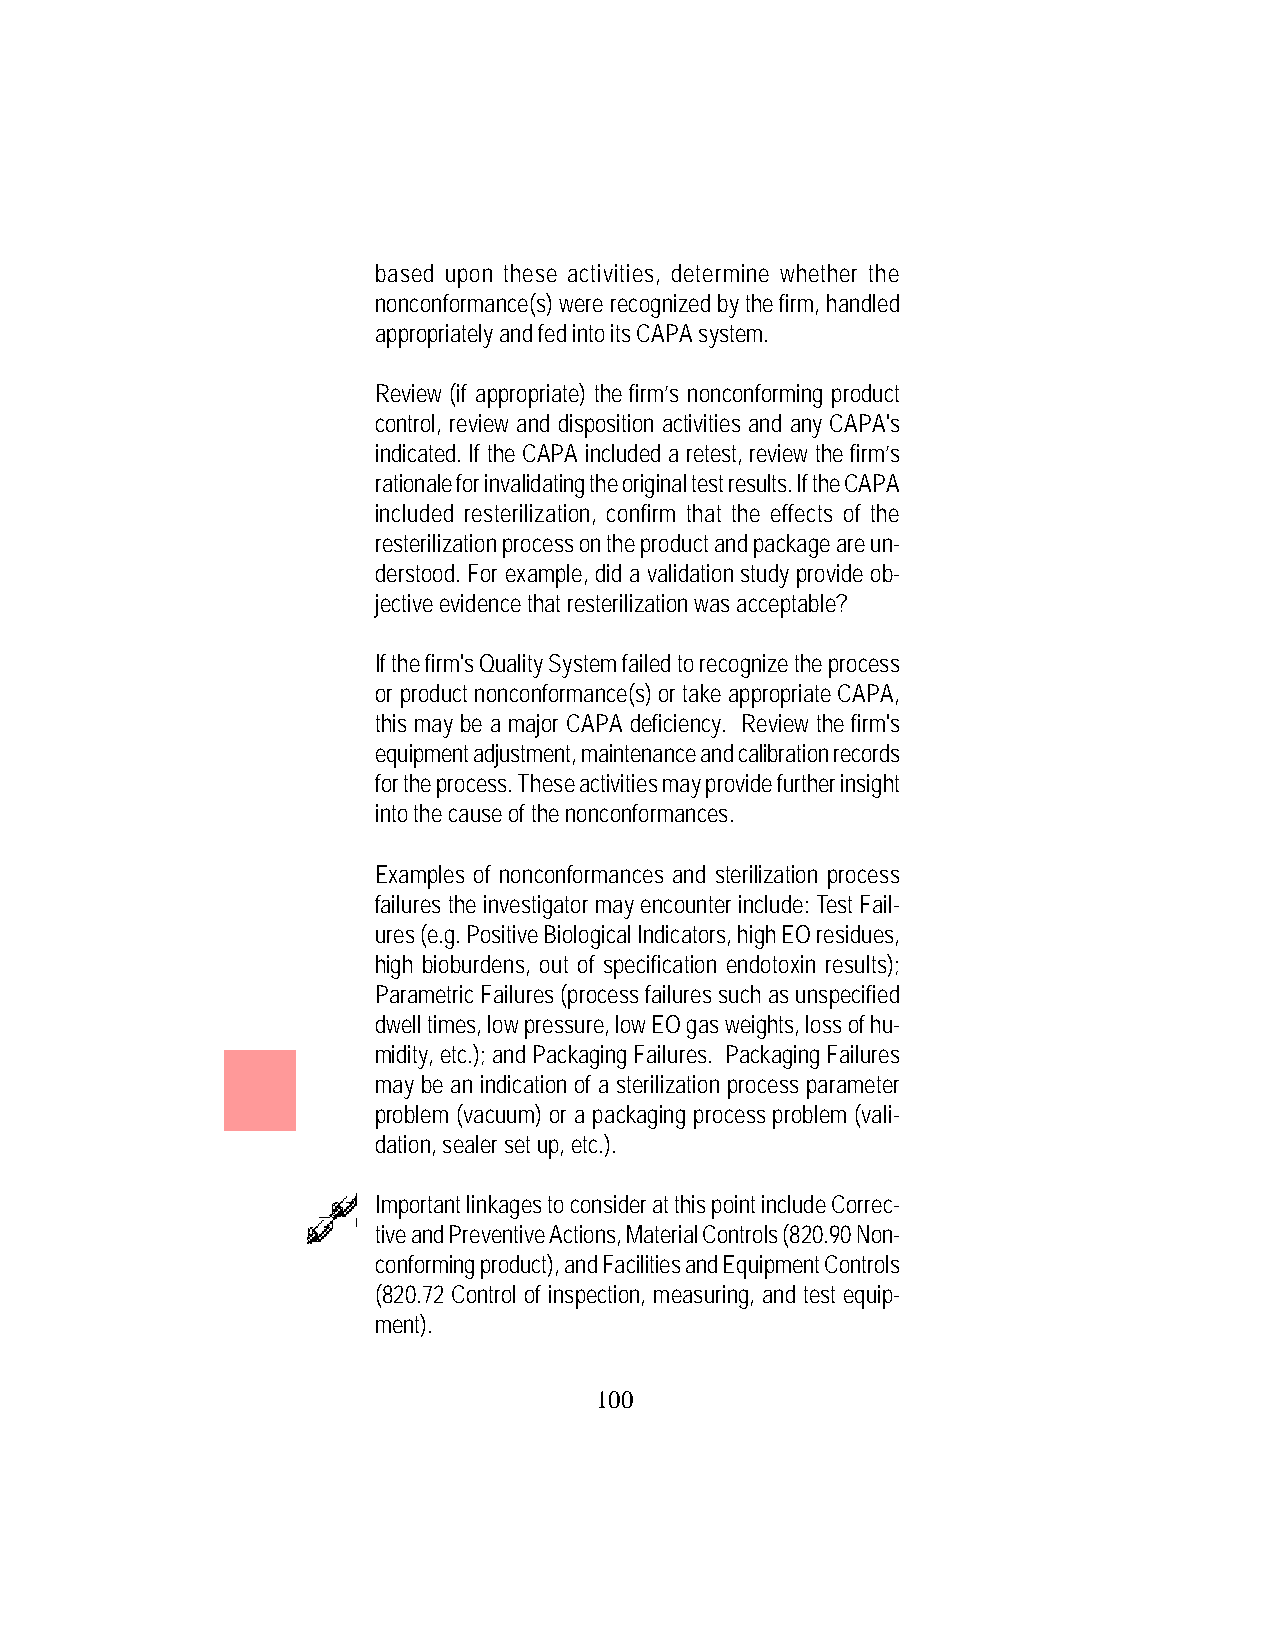
based upon these activities, determine whether the
 nonconformance(s) were recognized by the firm, handled
 appropriately and fed into its CAPA system.
 Review (if appropriate) the firm’s nonconforming product
 control, review and disposition activities and any CAPA's
 indicated. If the CAPA included a retest, review the firm’s
 rationale for invalidating the original test results. If the CAPA
 included resterilization, confirm that the effects of the
 resterilization process on the product and package are un-
 derstood. For example, did a validation study provide ob-
 jective evidence that resterilization was acceptable?
 If the firm's Quality System failed to recognize the process
 or product nonconformance(s) or take appropriate CAPA,
 this may be a major CAPA deficiency. Review the firm's
 equipment adjustment, maintenance and calibration records
 for the process. These activities may provide further insight
 into the cause of the nonconformances.
 Examples of nonconformances and sterilization process
 failures the investigator may encounter include: Test Fail-
 ures (e.g. Positive Biological Indicators, high EO residues,
 high bioburdens, out of specification endotoxin results);
 Parametric Failures (process failures such as unspecified
 dwell times, low pressure, low EO gas weights, loss of hu-
 midity, etc.); and Packaging Failures. Packaging Failures
 may be an indication of a sterilization process parameter
 problem (vacuum) or a packaging process problem (vali-
 dation, sealer set up, etc.).
 Important linkages to consider at this point include Correc-
 tive and Preventive Actions, Material Controls (820.90 Non-
 conforming product), and Facilities and Equipment Controls
 (820.72 Control of inspection, measuring, and test equip-
 ment).
 100